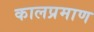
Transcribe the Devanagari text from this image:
कालप्रमाण